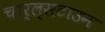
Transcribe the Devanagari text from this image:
चार्ल्सटाउन